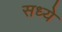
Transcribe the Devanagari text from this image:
सध्ये